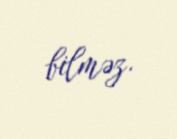
bilməz.